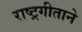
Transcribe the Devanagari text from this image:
राष्ट्रगीताने